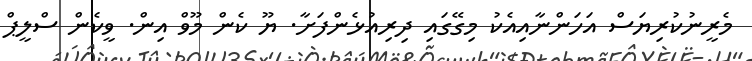
މެރީނުކުރިޔަސް އަހަންނާއިއެކު މިގޭގައި ދިރިއުޅެންފަށާ. ޔޫ ކެން މޫވް އިން. ވީކެން ސްލީޕް